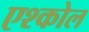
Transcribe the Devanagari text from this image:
एश्कोल